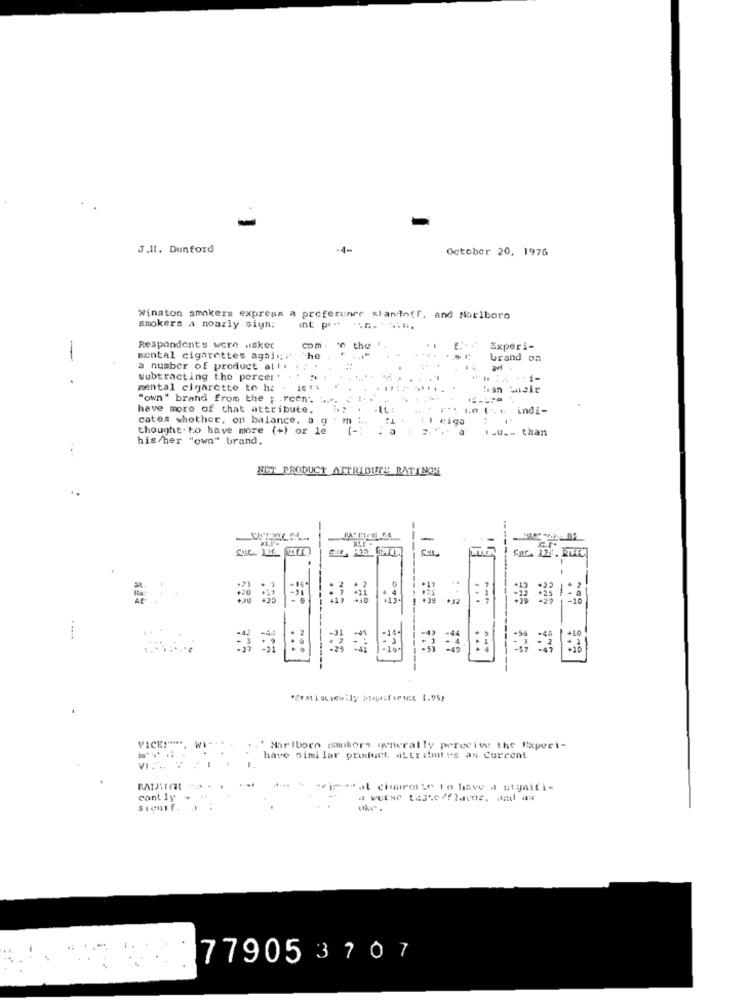
-
J.Il. Dunford
-4-
October 20, 1976
Winston smokers express a proferoner standoff, and Marlboro
smokers a noarly sign;
int p ** * n .....
Respondents were .iskec
com . " the
Experi-
-
sental cigarettes again . the
brand on
a number of product al f .
subtracting the porcer . " "1
mental cigarette to he . 1614
........... .
Han wair
"own" brand from the p .rcen'
have more of that attribute.
IL :
indi-
cates whether, on balance, a g
11 eiga
thought. to have more (+) or le
.U ... than
his/her "own" brand,
...
NET PRODUCT ATTRIBUTE RATINGS
--
-
----
Sur.
--
VICE !****
.' Marlboro smokers generally perecive the Experi-
have similar product ALtributes as Current
rimastal cimararte to have a signifi-
cant ly
a verse tasto/flavor, and as
siunf.
77905 3707